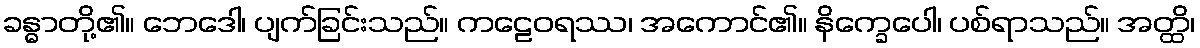
ခန္ဓာတို့၏။ ဘေဒေါ၊ ပျက်ခြင်းသည်။ ကဠေဝရဿ၊ အကောင်၏။ နိက္ခေပေါ၊ ပစ်ရာသည်။ အတ္ထိ၊